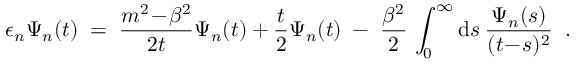
\epsilon _ { n } \Psi _ { n } ( t ) \; = \; \frac { m ^ { 2 } \! - \! \beta ^ { 2 } } { 2 t } \Psi _ { n } ( t ) + \frac { t } { 2 } \Psi _ { n } ( t ) \; - \; \frac { \beta ^ { 2 } } { 2 } \, \int _ { 0 } ^ { \infty } \mathrm { d } s \: \frac { \Psi _ { n } ( s ) } { ( t \! - \! s ) ^ { 2 } } \; \; .